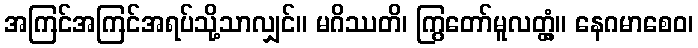
အကြင်အကြင်အရပ်သို့သာလျှင်။ မဂိဿတိ၊ ကြွတော်မူလတ္တံ့။ နေဂမာစေဝ၊